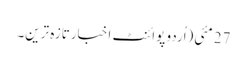
27 مئی(اُردو پوائنٹ اخبارتازہ ترین۔